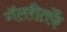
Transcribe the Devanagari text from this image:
गॅलरीतर्फे